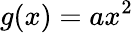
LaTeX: g(x)=ax^{2}\,